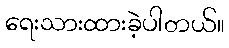
ရေးသားထားခဲ့ပါတယ်။